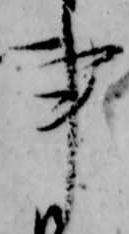
事